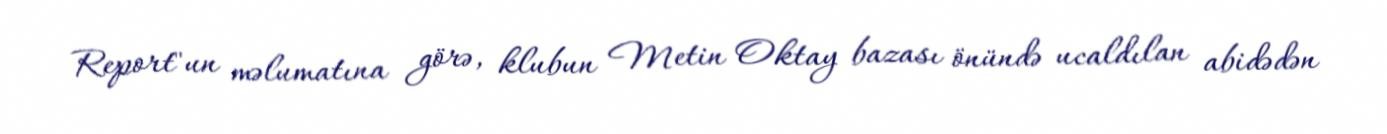
Report"un məlumatına görə, klubun Metin Oktay bazası önündə ucaldılan abidədən